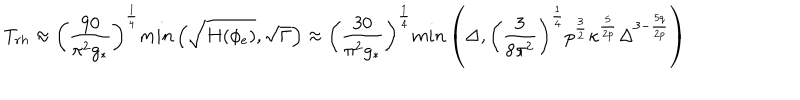
T _ { r h } \approx \left( \frac { 9 0 } { \pi ^ { 2 } g _ { * } } \right) ^ { \frac { 1 } { 4 } } m i n \left( \sqrt { H ( \phi _ { e } ) } , \sqrt { \Gamma } \right) \approx \left( \frac { 3 0 } { \pi ^ { 2 } g _ { * } } \right) ^ { \frac { 1 } { 4 } } m i n \left( \Delta , \left( \frac { 3 } { 8 \pi ^ { 2 } } \right) ^ { \frac { 1 } { 4 } } p ^ { \frac { 3 } { 2 } } \kappa ^ { \frac { 5 } { 2 p } } \Delta ^ { 3 - \frac { 5 q } { 2 p } } \right)